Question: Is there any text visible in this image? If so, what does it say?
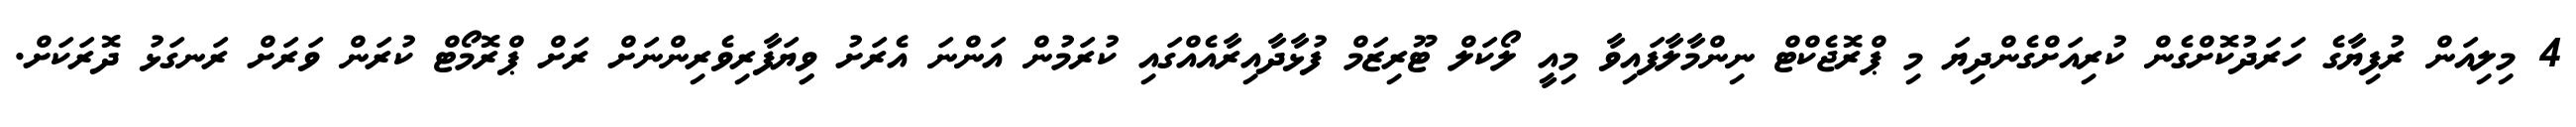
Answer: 4 މިލިއަން ރުފިޔާގެ ހަރަދުކޮށްގެން ކުރިއަށްގެންދިޔަ މި ޕްރޮޖެކްޓް ނިންމާލާފައިވާ މިއީ ލޯކަލް ޓޫރިޒަމް ފުޅާދާއިރާއެއްގައި ކުރަމުން އަންނަ އެރަށު ވިިޔަފާރިވެރިންނަށް ރަށް ޕްރޮމޯޓް ކުރަން ވަރަށް ރަނގަޅު ދޮރަކަށް.